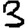
Digit: 3